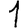
Digit: 1